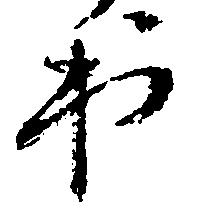
出